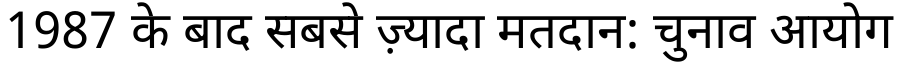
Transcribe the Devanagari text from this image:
1987 के बाद सबसे ज़्यादा मतदान: चुनाव आयोग